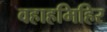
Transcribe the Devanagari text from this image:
वहाहमिहिर